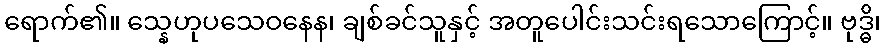
ရောက်၏။ သ္နေဟုပသေဝနေန၊ ချစ်ခင်သူနှင့် အတူပေါင်းသင်းရသောကြောင့်။ ဗုဒ္ဓိ၊